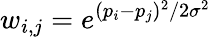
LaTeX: w_{i,j}=e^{(p_{i}-p_{j})^{2}/2\sigma^{2}}